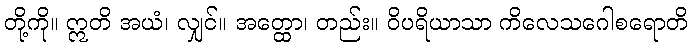
တို့ကို။ ဣတိ အယံ၊ လျှင်။ အတ္ထော၊ တည်း။ ဝိပရိယာသာ ကိလေသဂေါစရောတိ